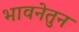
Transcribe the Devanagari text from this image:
भावनेतुन